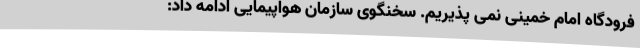
فرودگاه امام خمینی نمی پذیریم. سخنگوی سازمان هواپیمایی ادامه داد: